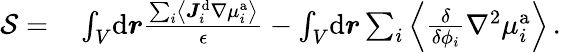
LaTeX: \begin{array}{rl}{\mathcal{S}=}&{{}\int_{V}\! \mathrm{d}\boldsymbol{r}\frac{\sum_{i}\left\langle\boldsymbol{J}_{i}^{\mathrm{d}}\nabla{\mu}_{i}^{\mathrm{a}}\right\rangle}{\epsilon}-\int_{V}\! \mathrm{d}\boldsymbol{r}\sum_{i}\left\langle\frac{\delta}{\delta{\phi_{i}}}\nabla^{2}\mu_{i}^{\mathrm{a}}\right\rangle\, .}\end{array}